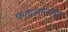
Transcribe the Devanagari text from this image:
फादलल्लाह